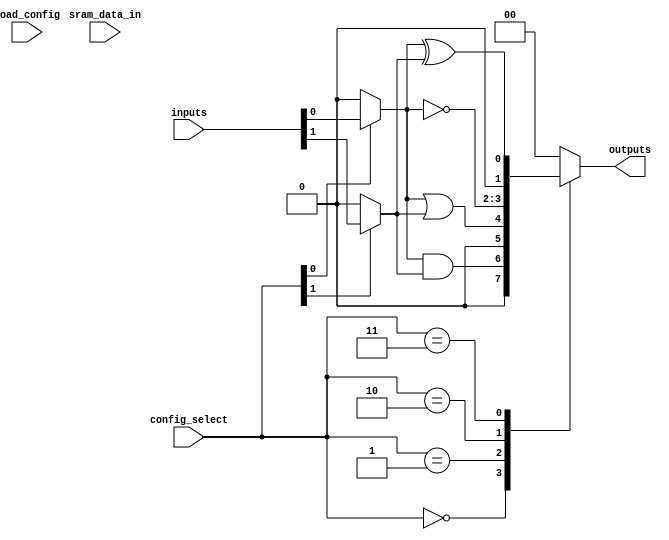
module combinational_logic_block #(
    parameter NUM_INPUTS = 4,
    parameter NUM_OUTPUTS = 2,
    parameter SRAM_SIZE = 16 // Number of configurations
)(
    input wire [NUM_INPUTS-1:0] inputs, // Input signals
    input wire [3:0] config_select, // Configuration select signal
    input wire load_config, // Load configuration signal
    input wire [SRAM_SIZE-1:0] sram_data_in, // Data to write to SRAM
    output wire [NUM_OUTPUTS-1:0] outputs // Output signals
);

    // SRAM cell array
    reg [NUM_INPUTS-1:0] sram [0:SRAM_SIZE-1]; // SRAM cells for input selection
    reg [NUM_OUTPUTS-1:0] logic_output; // Logic function outputs

    // Input multiplexers
    wire [NUM_INPUTS-1:0] selected_inputs;
    generate
        genvar i;
        for (i = 0; i < NUM_INPUTS; i = i + 1) begin : input_mux
            assign selected_inputs[i] = (config_select[i]) ? inputs[i] : 1'b0; // Simple mux for demonstration
        end
    endgenerate

    // Logic function units (AND, OR, NOT, etc.)
    always @(*) begin
        case (config_select)
            4'b0000: logic_output = selected_inputs[0] & selected_inputs[1]; // AND
            4'b0001: logic_output = selected_inputs[0] | selected_inputs[1]; // OR
            4'b0010: logic_output = ~(selected_inputs[0]); // NOT
            4'b0011: logic_output = selected_inputs[0] ^ selected_inputs[1]; // XOR
            // Add more configurations as needed
            default: logic_output = 0;
        endcase
    end

    // Output multiplexers
    assign outputs = logic_output;

    // Control logic for SRAM configuration
    always @(posedge load_config) begin
        sram[config_select] <= sram_data_in; // Load configuration into SRAM
    end

    // Configuration interface (for demonstration)
    // This can be expanded based on the specific requirements of the interface
    always @(posedge load_config) begin
        // Logic to handle configuration loading can be added here
    end

endmodule